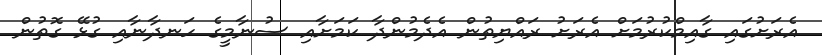
އެރަށުގައި ގާއިމްކުރުމަށް އެރަށު ރައްޔިތުން އެދެމުންދާ ކަމަށާއި ސުނާމީގެ ހަނދާނާއި ގުޅޭ ގޮތުން